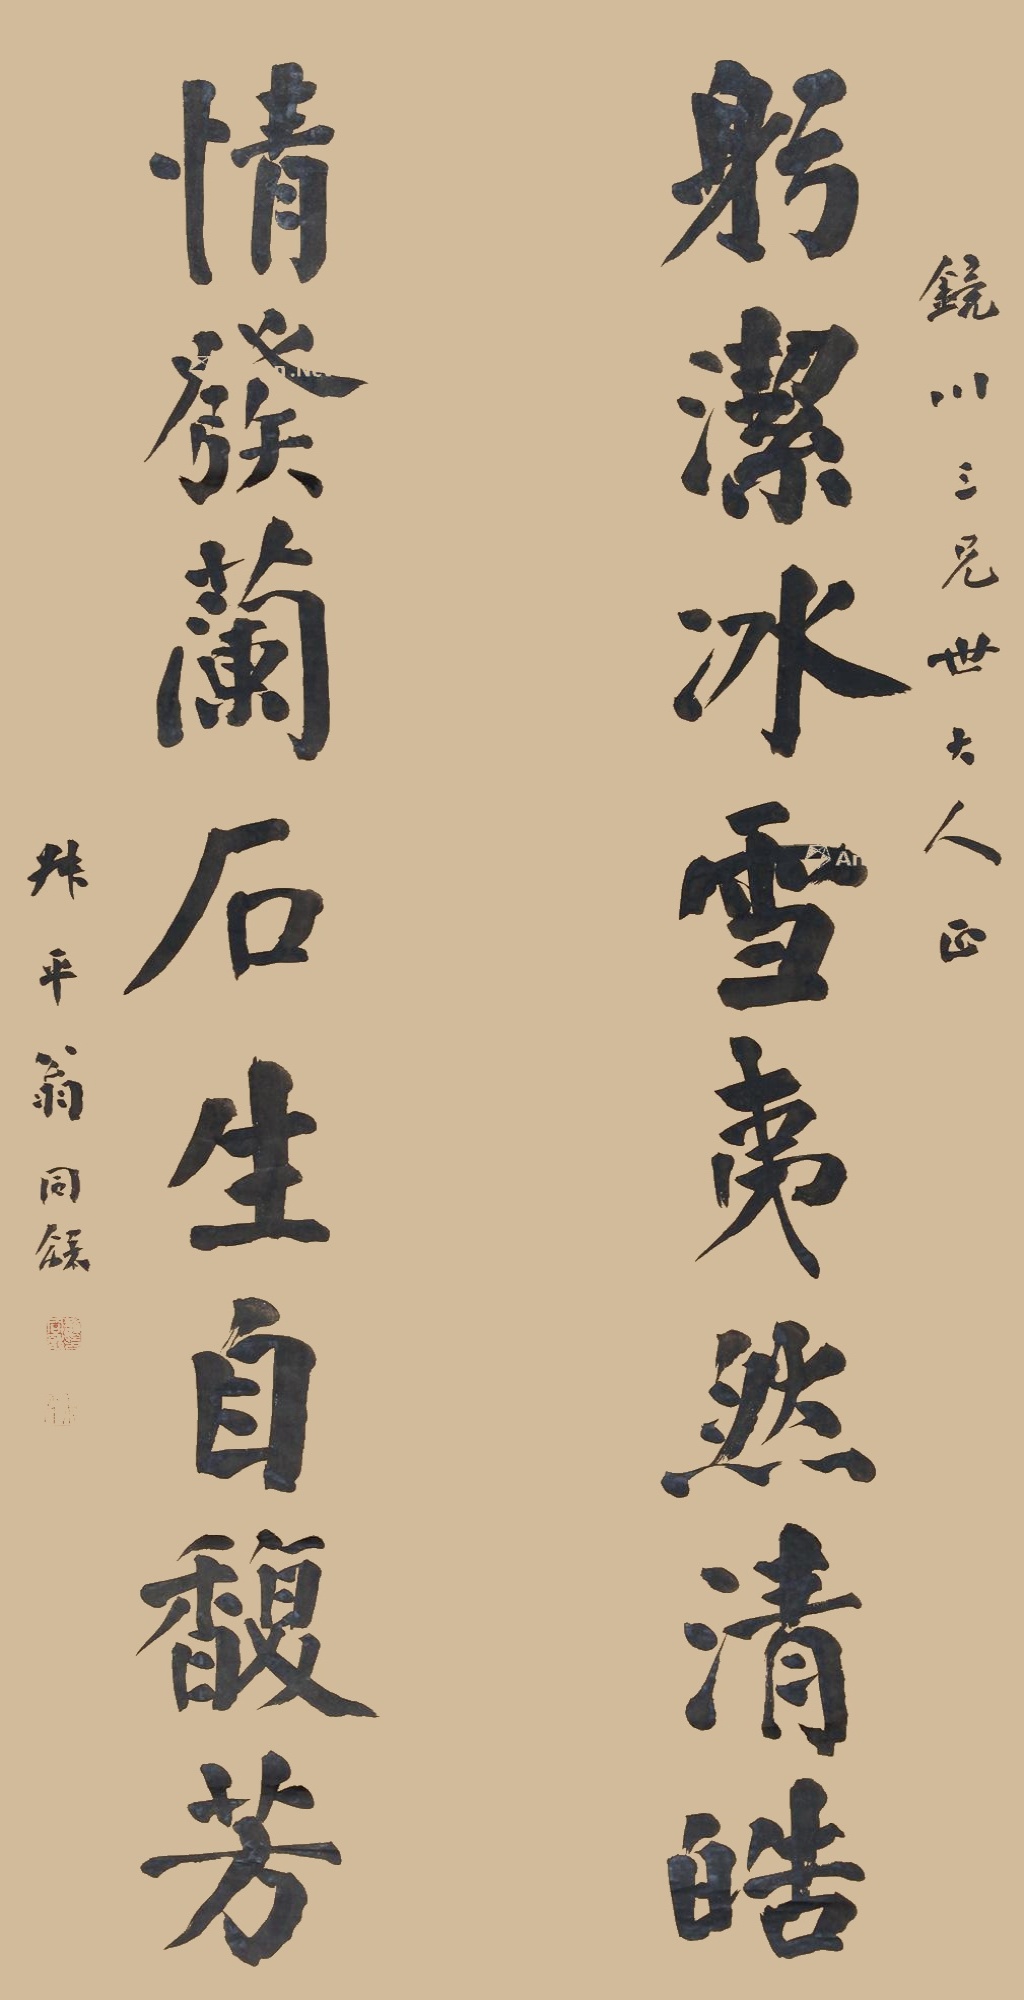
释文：躬洁冰雪夷然清皓；情发兰石生自馥芳。镜川三兄世大人正，叔平翁同龢。